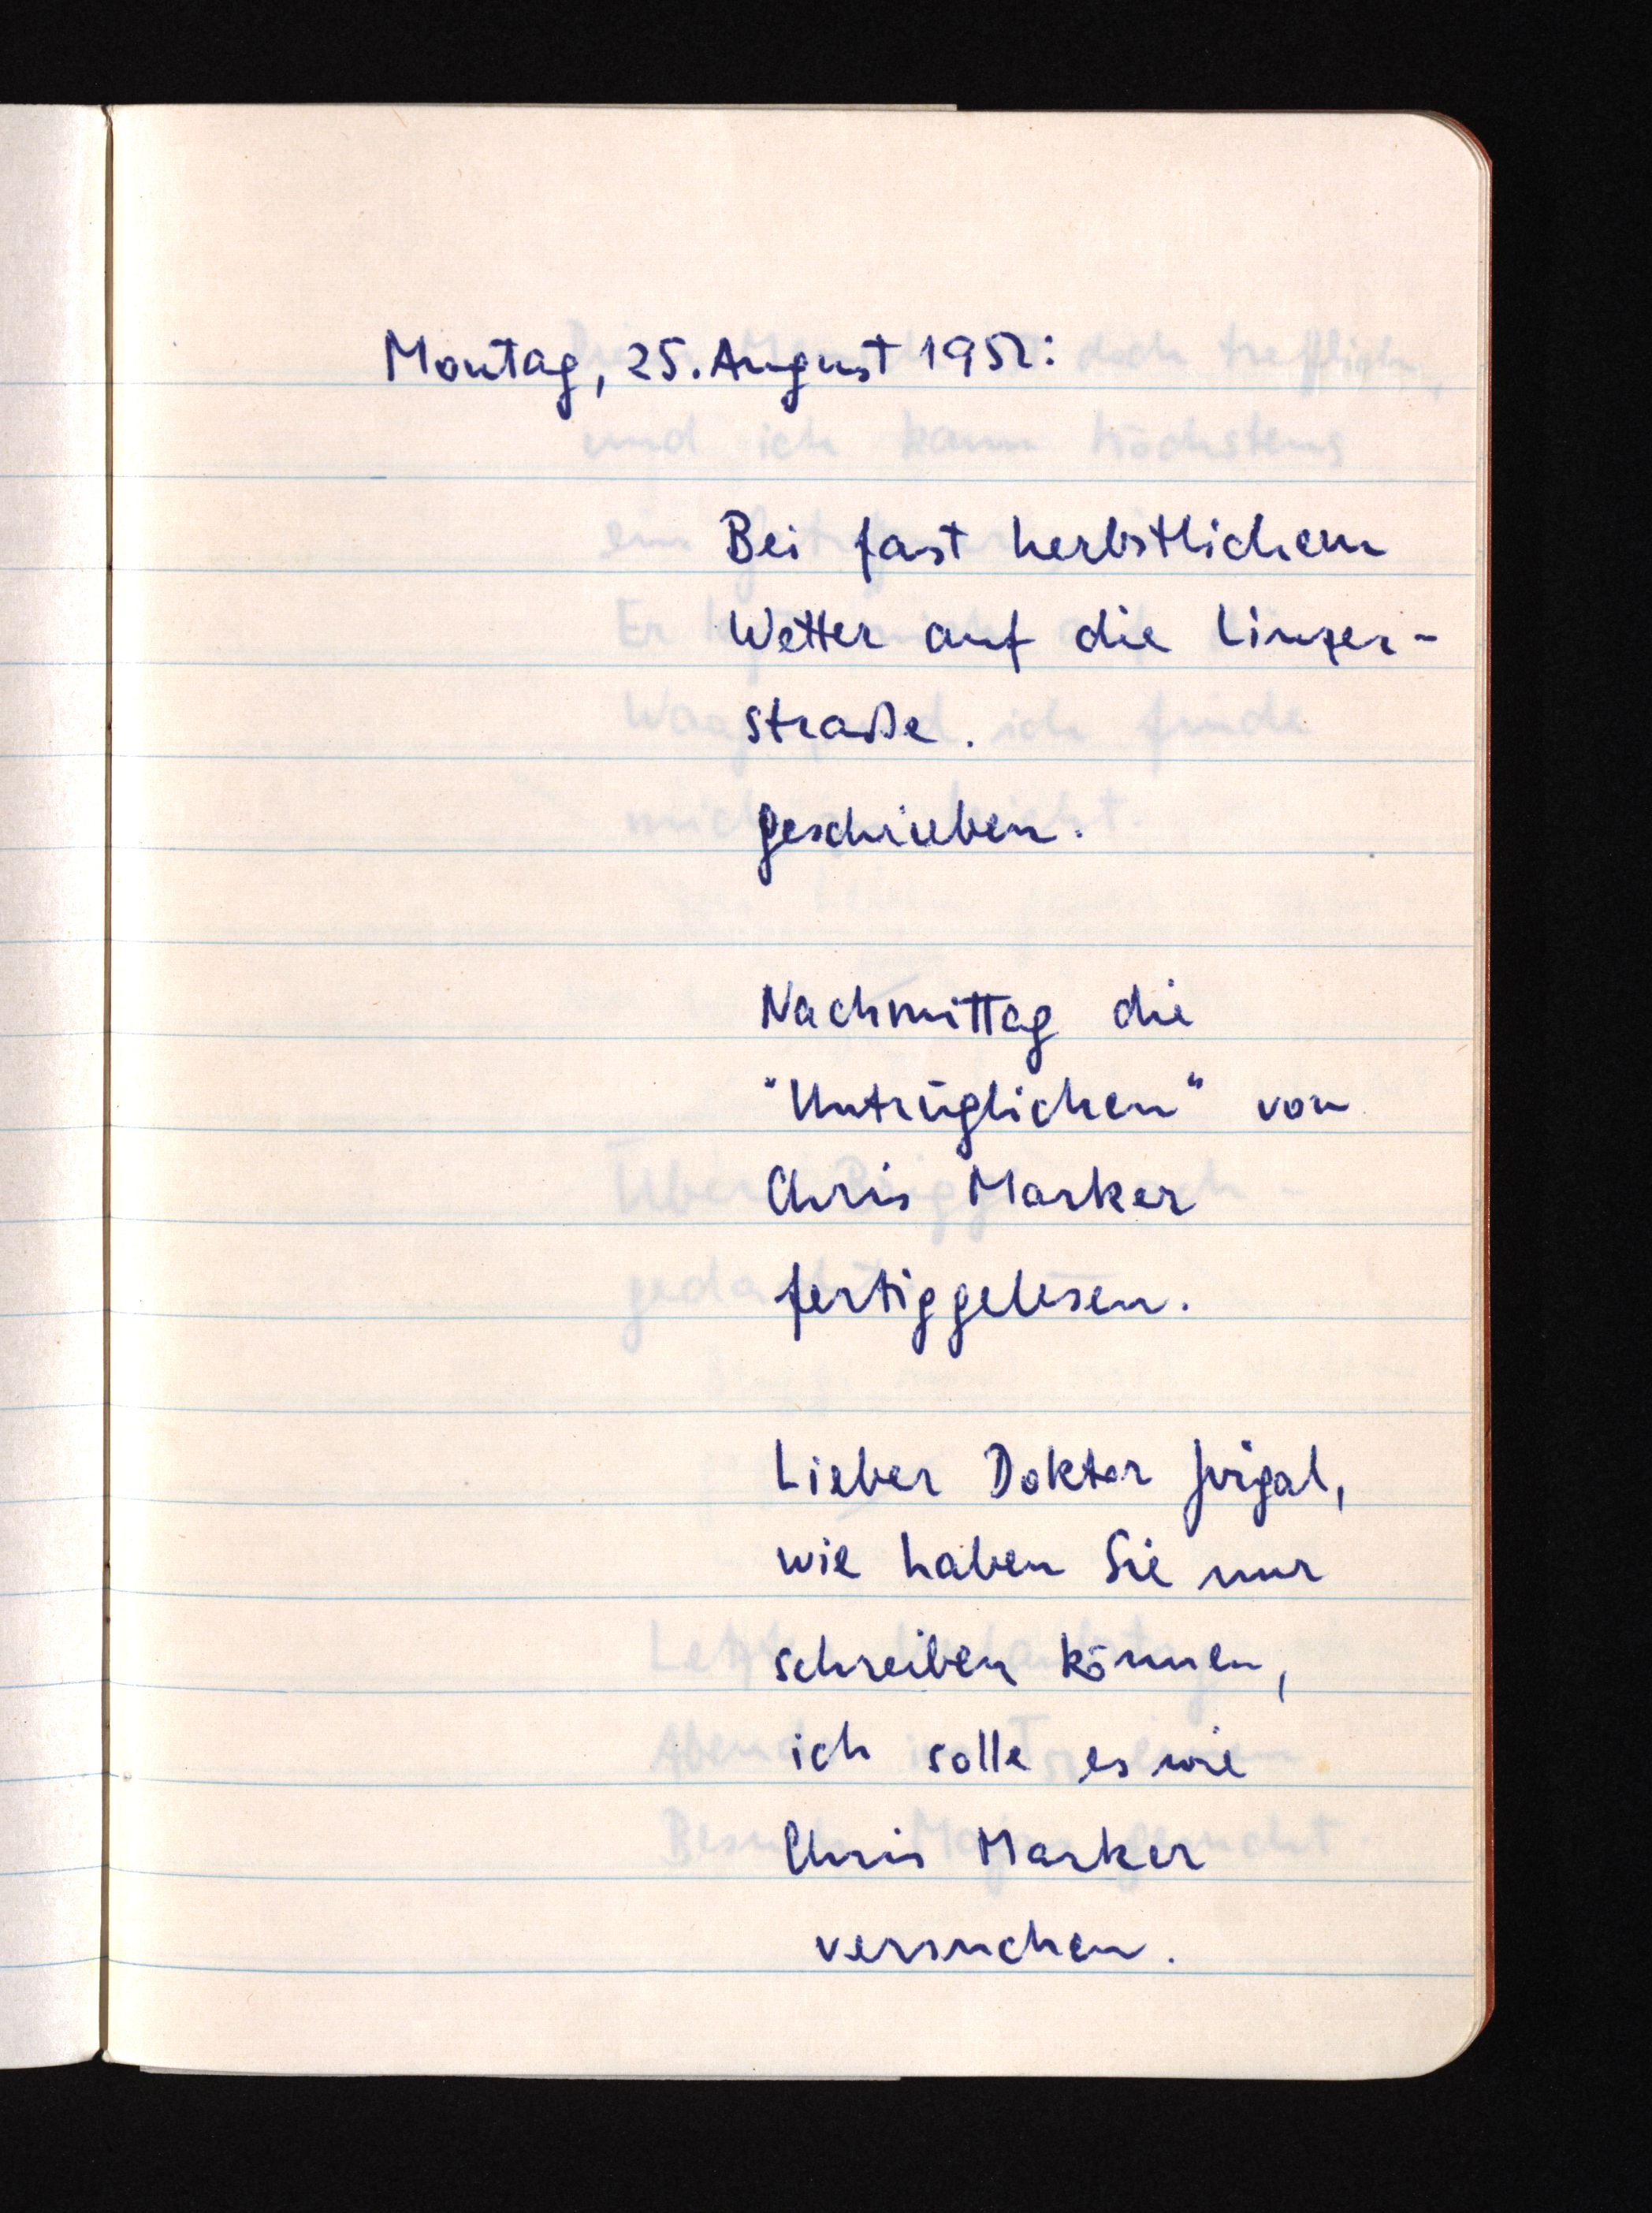
Montag, 25. August 1952:
Bei fast herbstlichem
Wetter auf die Linzer¬
straße.
Geschrieben.
Nachmittag die
"Untrüglichen" von
Chris Marker
fertiggelesen.
Lieber Doktor Jirgal,
wie haben Sie nur
schreiben können,
ich solle es wie
Chris Marker
versuchen.